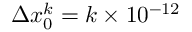
\Delta x _ { 0 } ^ { k } = k \times 1 0 ^ { - 1 2 }